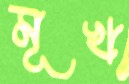
মূখ